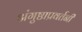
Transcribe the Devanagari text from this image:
अंगुष्ठाप्रवर्तनी